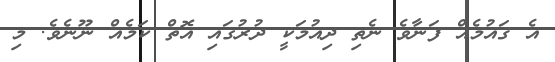
އެ ޤައުމެއް ފަނާވެ ނެތި ދިއުމަކީ ދުރުގައި އޮތް ކަމެއް ނޫނެވެ. މި